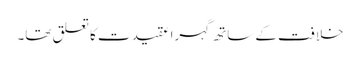
خلافت کے ساتھ گہرا عقیدت کا تعلق تھا۔